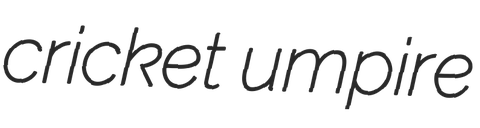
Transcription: cricket umpire